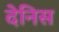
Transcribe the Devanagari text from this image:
देनिस